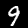
Label: 9